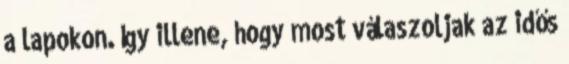
a lapokon. Így illene, hogy most válaszoljak az idős